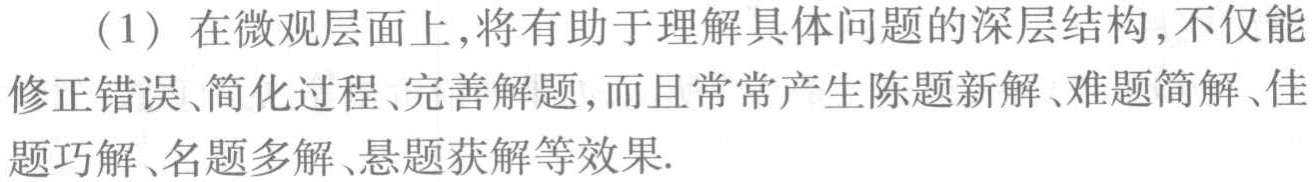
（1）在微观层面上，将有助于理解具体问题的深层结构，不仅能修正错误、简化过程、完善解题，而且常常产生陈题新解、难题简解、佳题巧解、名题多解、悬题获解等效果.